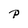
Character: P